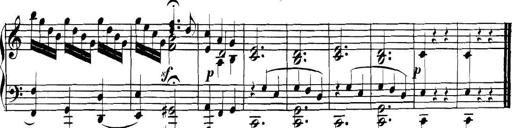
Title: Collected Piano Sonatas
Composer: Muzio Clementi